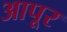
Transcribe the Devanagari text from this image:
आपूर